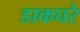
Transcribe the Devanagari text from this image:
डाकघरे